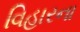
વિહારના